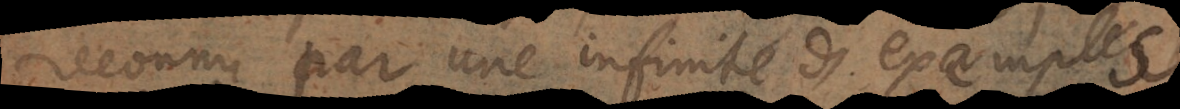
reconnu par une infinité d’exemples